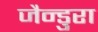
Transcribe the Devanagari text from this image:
जैन्डुरा